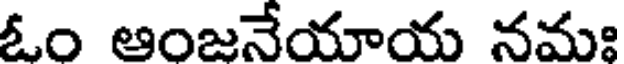
ఓం ఆంజనేయాయ నమః